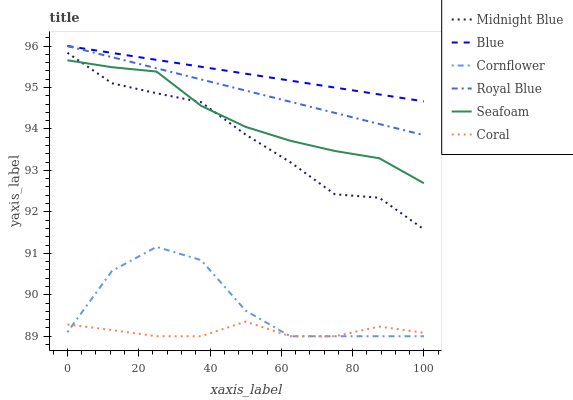
| xaxis_label | Midnight Blue | Blue | Cornflower | Royal Blue | Seafoam | Coral |
 | --- | --- | --- | --- | --- | --- | --- |
 | 0 | 95.8 | 96 | 89.1 | 96 | 95.7 | 89.3 |
 | 12.5 | 95.1 | 95.8 | 90.6 | 95.7 | 95.5 | 89.1 |
 | 25 | 94.9 | 95.7 | 91.2 | 95.5 | 95.4 | 89 |
 | 37.5 | 94.6 | 95.5 | 90.8 | 95.2 | 94.6 | 89 |
 | 50 | 93.9 | 95.3 | 89.6 | 94.9 | 94 | 89.4 |
 | 62.5 | 93.2 | 95.2 | 89 | 94.7 | 93.7 | 89 |
 | 75 | 92.4 | 95 | 89 | 94.4 | 93.5 | 89 |
 | 87.5 | 92.3 | 94.8 | 89 | 94.1 | 93.3 | 89.2 |
 | 100 | 91.6 | 94.7 | 89 | 93.9 | 92.7 | 89.1 |